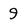
Character: 9